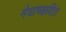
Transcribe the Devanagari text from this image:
मेघाच्छदित